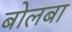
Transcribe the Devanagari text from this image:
बोलबा